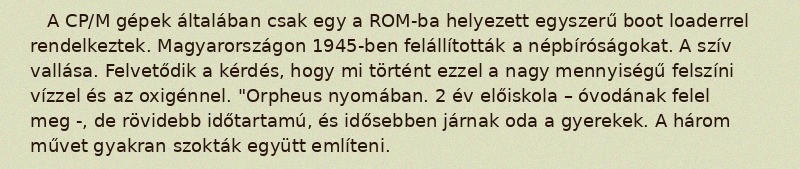
A CP/M gépek általában csak egy a ROM-ba helyezett egyszerű boot loaderrel rendelkeztek. Magyarországon 1945-ben felállították a népbíróságokat. A szív vallása. Felvetődik a kérdés, hogy mi történt ezzel a nagy mennyiségű felszíni vízzel és az oxigénnel. "Orpheus nyomában. 2 év előiskola – óvodának felel meg -, de rövidebb időtartamú, és idősebben járnak oda a gyerekek. A három művet gyakran szokták együtt említeni.